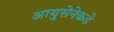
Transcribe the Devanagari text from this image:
आयुसेनेकडे